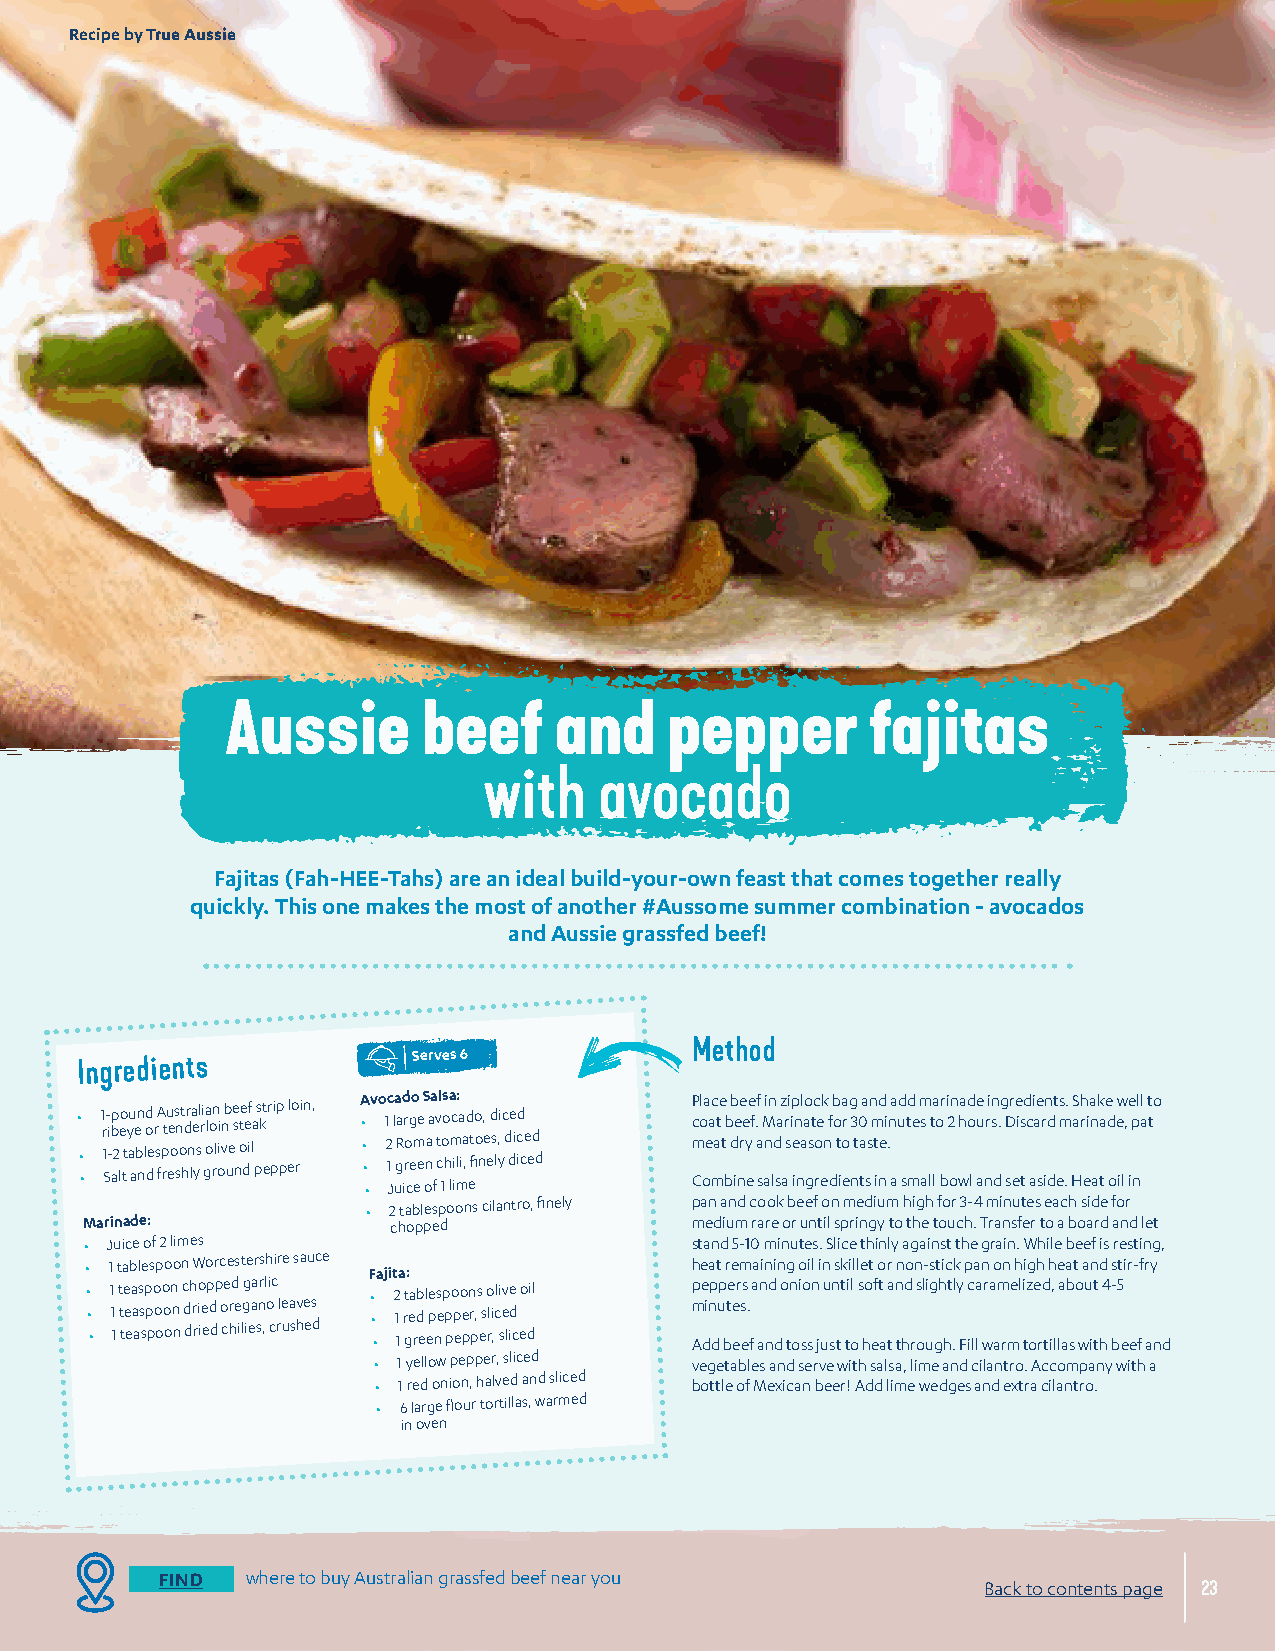
Recipe by True Aussie
 Aussie       beef     and    pepper        fajitas
 with    avocado
 Fajitas (Fah-HEE-Tahs) are an ideal build-your-own feast that comes together really
 quickly. This one makes the most of another #Aussome summer combination - avocados
 and Aussie grassfed beef!
 Method
 Serves 6
 Ingredients
 • • • 1 r 1 S - i -b ap 2 leo tt y au ae bn n ld o de r sA f p rtu ee os sn ot hdr n la e ysl ri ga olo rn l oii vnb ue e s n ote de if la ps kt er pip p elo ri n, A • • • • v o 1 2 c 1 J la ugRad ir ro cg eo m eee S on aaa f v t c l 1os o h a lmc i il m: a ia ,d et fio o n, e e d s l, yi c d de i icd ce ed d P c m Col oa eac mate t bb db ie nre e y ee f . af s M n ain ld s az ar si ip e in nal ao gstc o re ek n f d b o t io ea r g n 3 t 0 taa ss n m t ind ei . n aa u d std me m s a lt la o br i 2 on whad o l e au n ri sn d.g sDr ee is td c ai ae sr in ddt e s m .. HS ah r eia n ak a te d o ew il, e i p nll a t to
 • 2 tablespoons cilantro, finely pan and cook beef on medium high for 3-4 minutes each side for
 Marinade:            chopped             medium rare or until springy to the touch. Transfer to a board and let
 • J uice of 2 limes                     stand 5-10 minutes. Slice thinly against the grain. While beef is resting,
 • 1 tablespoon Worcestershire sauce Fajita: heat remaining oil in skillet or non-stick pan on high heat and stir-fry
 • • • 1 1 1 t t te e ea a as s sp p po o oo o on n n c d dh r rio ie ep d dp o ce hrd e i lgg ieaa snr ,l oi cc rle ua shve es d • • • 2 1 1 rt gea rb d el epe ns e p p po p eo e pn r p,s es o rli ,cl i sev lie d c eo dil p m Ae dinp dup bte e er s es . fa an nd d o tn oi so sn j uu sn tt ti ol s ho eft a a t n thd r s ol uig gh ht .l y F ic lla wra am rmel i tz oe rd ti, l la ab so wu it t h4 - b5 e ef and
 • 1 yellow pepper, sliced vegetables and serve with salsa, lime and cilantro. Accompany with a
 • 1 red onion, halved and sliced bottle of Mexican beer! Add lime wedges and extra cilantro.
 • 6 large flour tortillas, warmed
 in oven
 FIND where to buy Australian grassfed beef near you
 Back to contents page 23